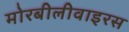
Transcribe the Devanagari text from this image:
मोरबीलीवाइरस